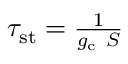
\begin{array} { r } { \tau _ { \mathrm { s t } } = \frac { 1 } { g _ { \mathrm { c } } \ S } } \end{array}